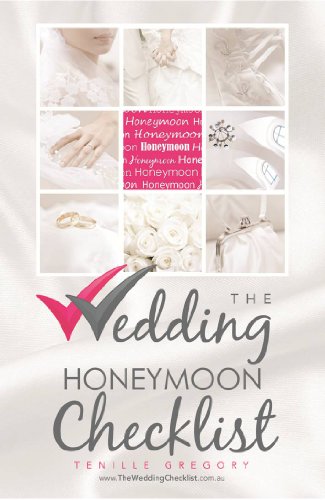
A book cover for The Wedding Honeymoon Checklist (The Wedding Planning Checklist Series Book 18); Tenille Gregory; Crafts, Hobbies & Home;